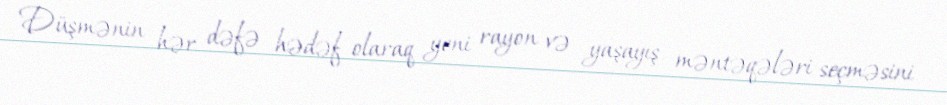
Düşmənin hər dəfə hədəf olaraq yeni rayon və yaşayış məntəqələri seçməsini